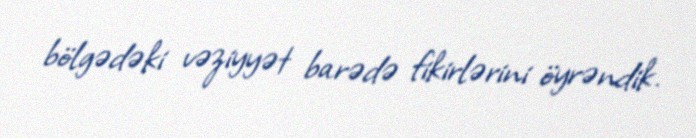
bölgədəki vəziyyət barədə fikirlərini öyrəndik.